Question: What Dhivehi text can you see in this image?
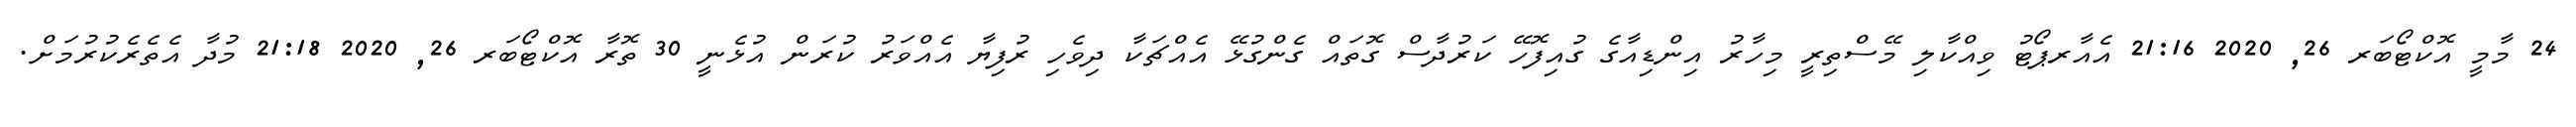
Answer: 24 މާމީ އޮކްޓޯބަރ 26, 2020 21:16 އެއާރޕޯޓު ވިއްކާލި މޭސްތިރީ މިހާރު އިންޑިއާގެ ގުއިފޮހޭ ކަރުދާސް ގޮތައް ގެންގުޅޭ އެއްޗަކާ ދިވެހި ރުފިޔާ އެއްވަރު ކުރަން އުޅެނީ 30 ތޮރާ އޮކްޓޯބަރ 26, 2020 21:18 މުދާ އެތެރެކުރުމަށް.